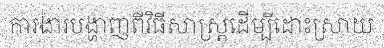
ការងារបង្ហាញពីវិធីសាស្ត្រដើម្បីដោះស្រាយ